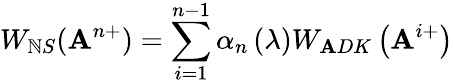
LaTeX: W_{\mathbb{N}S}(\mathbf{A}^{n+})=\sum_{i=1}^{n-1}\alpha_{n}\left(\lambda\right)W_{\mathbf{A}DK}\left(\mathbf{A}^{i+}\right)